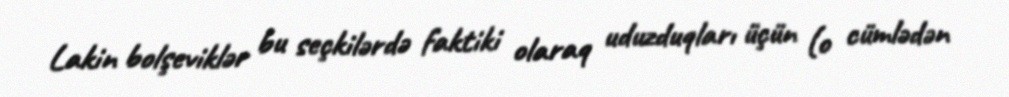
Lakin bolşeviklər bu seçkilərdə faktiki olaraq uduzduqları üçün (o cümlədən